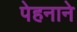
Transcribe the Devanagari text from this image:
पेहनाने